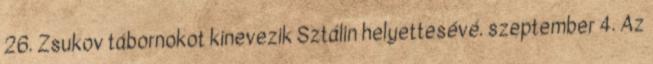
26. Zsukov tábornokot kinevezik Sztálin helyettesévé. szeptember 4. Az